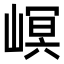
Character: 㟰